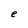
Character: e